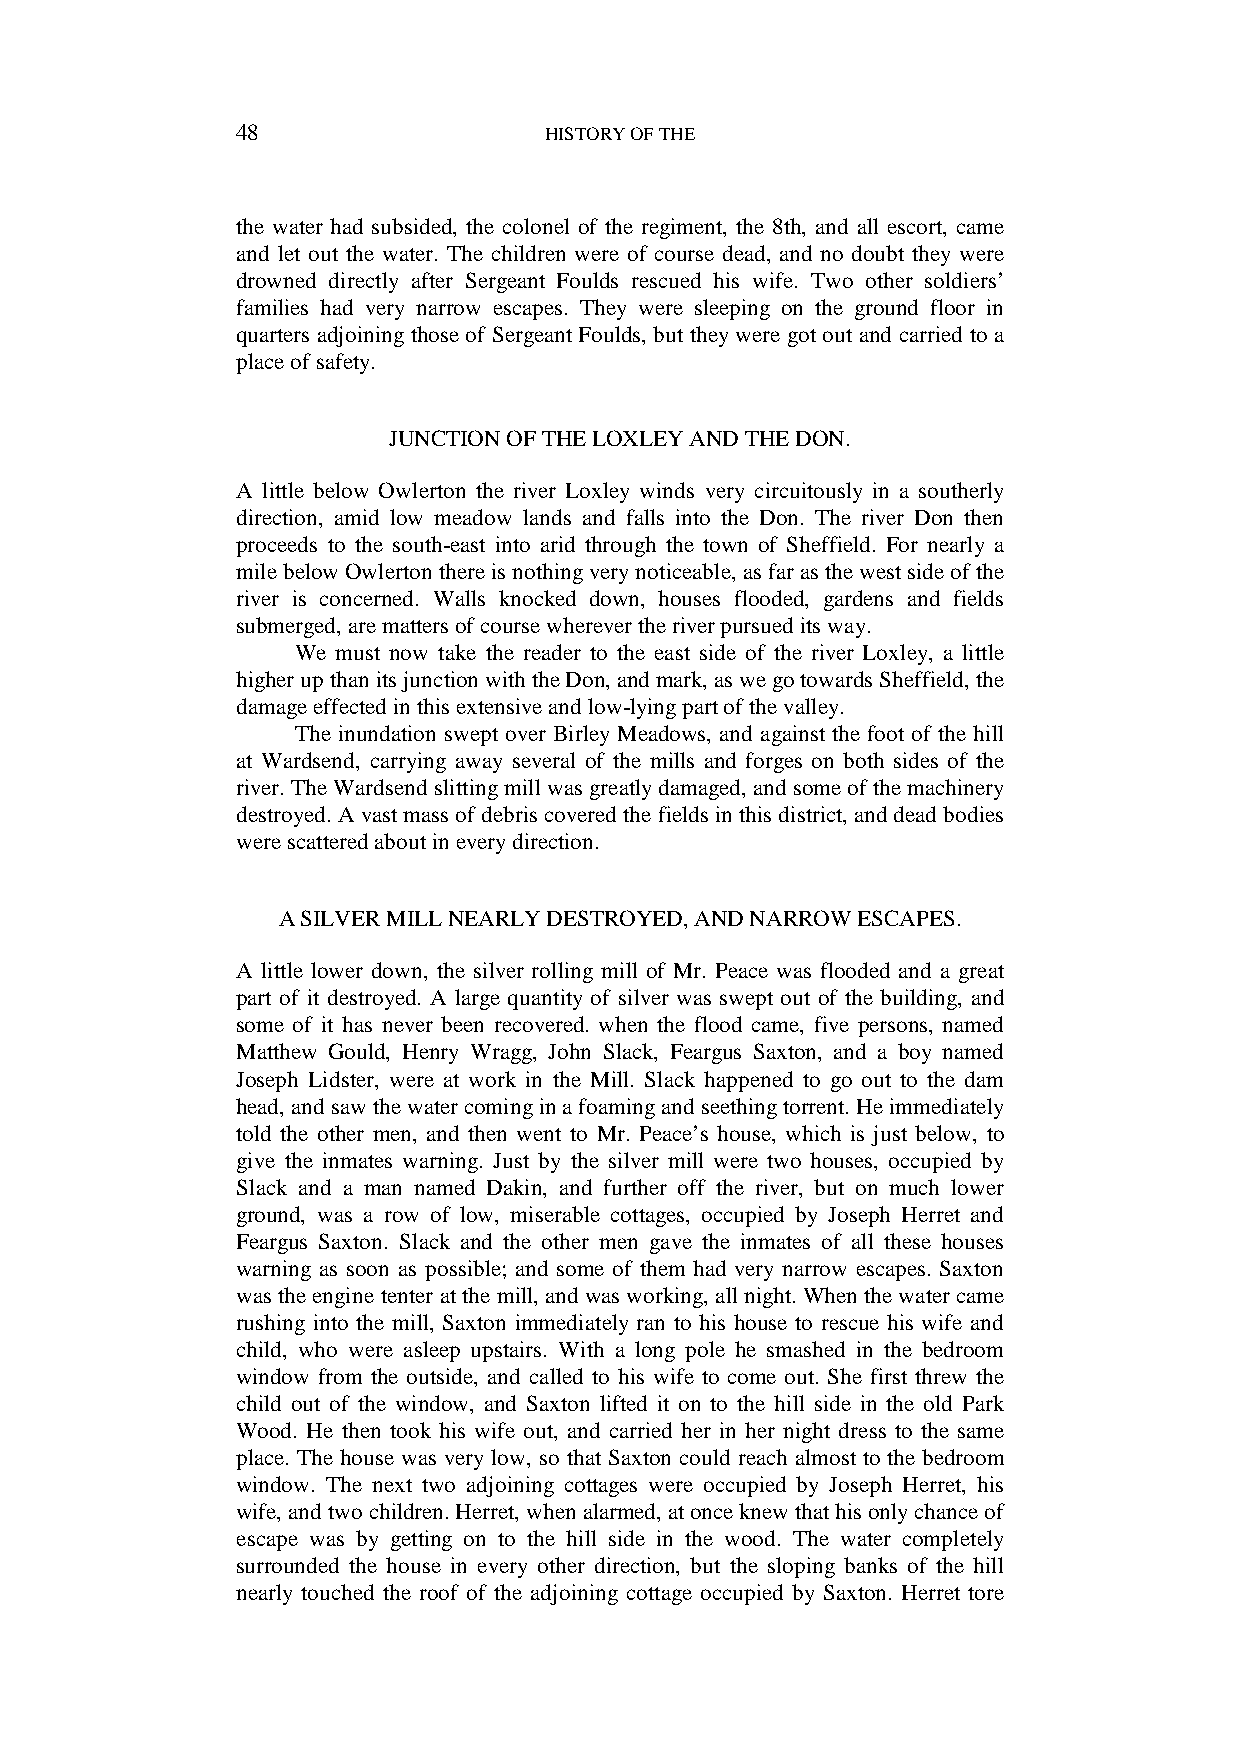
48                  HISTORY OF THE
 the water had subsided, the colonel of the regiment, the 8th, and all escort, came
 and let out the water. The children were of course dead, and no doubt they were
 drowned directly after Sergeant Foulds rescued his wife. Two other soldiers’
 families had very narrow escapes. They were sleeping on the ground floor in
 quarters adjoining those of Sergeant Foulds, but they were got out and carried to a
 place of safety.
 JUNCTION OF THE LOXLEY AND THE DON.
 A little below Owlerton the river Loxley winds very circuitously in a southerly
 direction, amid low meadow lands and falls into the Don. The river Don then
 proceeds to the south-east into arid through the town of Sheffield. For nearly a
 mile below Owlerton there is nothing very noticeable, as far as the west side of the
 river is concerned. Walls knocked down, houses flooded, gardens and fields
 submerged, are matters of course wherever the river pursued its way.
 We must now take the reader to the east side of the river Loxley, a little
 higher up than its junction with the Don, and mark, as we go towards Sheffield, the
 damage effected in this extensive and low-lying part of the valley.
 The inundation swept over Birley Meadows, and against the foot of the hill
 at Wardsend, carrying away several of the mills and forges on both sides of the
 river. The Wardsend slitting mill was greatly damaged, and some of the machinery
 destroyed. A vast mass of debris covered the fields in this district, and dead bodies
 were scattered about in every direction.
 A SILVER MILL NEARLY DESTROYED, AND NARROW ESCAPES.
 A little lower down, the silver rolling mill of Mr. Peace was flooded and a great
 part of it destroyed. A large quantity of silver was swept out of the building, and
 some of it has never been recovered. when the flood came, five persons, named
 Matthew Gould, Henry Wragg, John Slack, Feargus Saxton, and a boy named
 Joseph Lidster, were at work in the Mill. Slack happened to go out to the dam
 head, and saw the water coming in a foaming and seething torrent. He immediately
 told the other men, and then went to Mr. Peace’s house, which is just below, to
 give the inmates warning. Just by the silver mill were two houses, occupied by
 Slack and a man named Dakin, and further off the river, but on much lower
 ground, was a row of low, miserable cottages, occupied by Joseph Herret and
 Feargus Saxton. Slack and the other men gave the inmates of all these houses
 warning as soon as possible; and some of them had very narrow escapes. Saxton
 was the engine tenter at the mill, and was working, all night. When the water came
 rushing into the mill, Saxton immediately ran to his house to rescue his wife and
 child, who were asleep upstairs. With a long pole he smashed in the bedroom
 window from the outside, and called to his wife to come out. She first threw the
 child out of the window, and Saxton lifted it on to the hill side in the old Park
 Wood. He then took his wife out, and carried her in her night dress to the same
 place. The house was very low, so that Saxton could reach almost to the bedroom
 window. The next two adjoining cottages were occupied by Joseph Herret, his
 wife, and two children. Herret, when alarmed, at once knew that his only chance of
 escape was by getting on to the hill side in the wood. The water completely
 surrounded the house in every other direction, but the sloping banks of the hill
 nearly touched the roof of the adjoining cottage occupied by Saxton. Herret tore